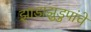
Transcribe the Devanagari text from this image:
झाडाझुडुपांचे